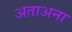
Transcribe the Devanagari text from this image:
अताअना